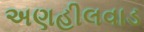
અણહીલવાડ